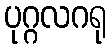
ပုဂ္ဂလဂရု